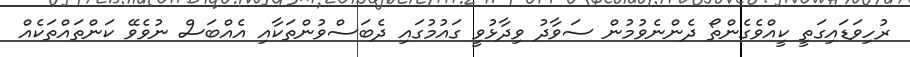
ރުހިވަޑައިގަތީ ކީއްވެގެންތޯ ދެންނެވުމުން ސަވާދު ވިދާޅުވީ ގައުމުގައި ދެބަސްވުންތަކާއި އެއްބަސް ނުވެވޭ ކަންތައްތަކެއް